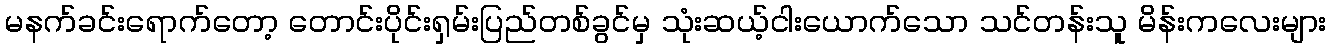
မနက်ခင်းရောက်တော့ တောင်းပိုင်းရှမ်းပြည်တစ်ခွင်မှ သုံးဆယ့်ငါးယောက်သော သင်တန်းသူ မိန်းကလေးများ